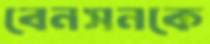
বেনসনকে